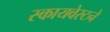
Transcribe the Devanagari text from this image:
स्कायवेस्टने